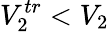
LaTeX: V_{2}^{tr}<V_{2}